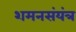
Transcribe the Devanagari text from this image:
शमनसंयंत्र